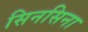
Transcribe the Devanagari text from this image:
सिनसिना